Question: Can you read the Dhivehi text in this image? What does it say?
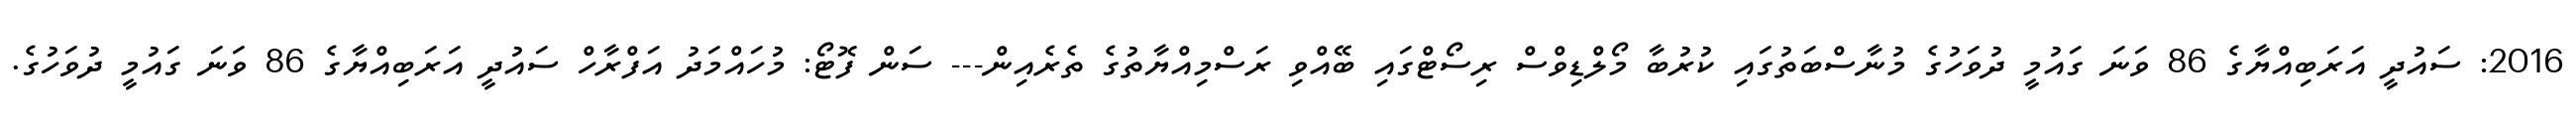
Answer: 2016: ސައުދީ އަރަބިއްޔާގެ 86 ވަނަ ގައުމީ ދުވަހުގެ މުނާސްބަތުގައި ކުރުބާ މޯލްޑިވްސް ރިސޯޓްގައި ބޭއްވި ރަސްމިއްޔާތުގެ ތެރެއިން--- ސަން ފޮޓޯ: މުހައްމަދު އަފްރާހް ސައުދީ އަރަބިއްޔާގެ 86 ވަނަ ގައުމީ ދުވަހުގެ.